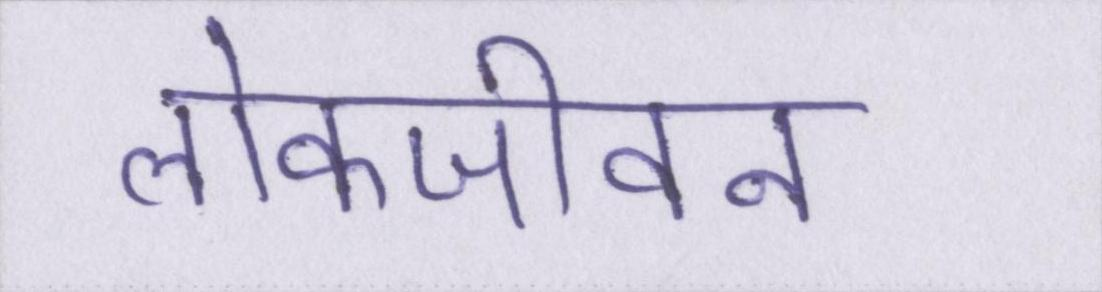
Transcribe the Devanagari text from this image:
लोकजीवन